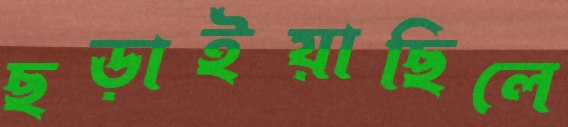
ছড়াইয়াছিলে